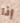
إذا